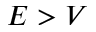
E > V